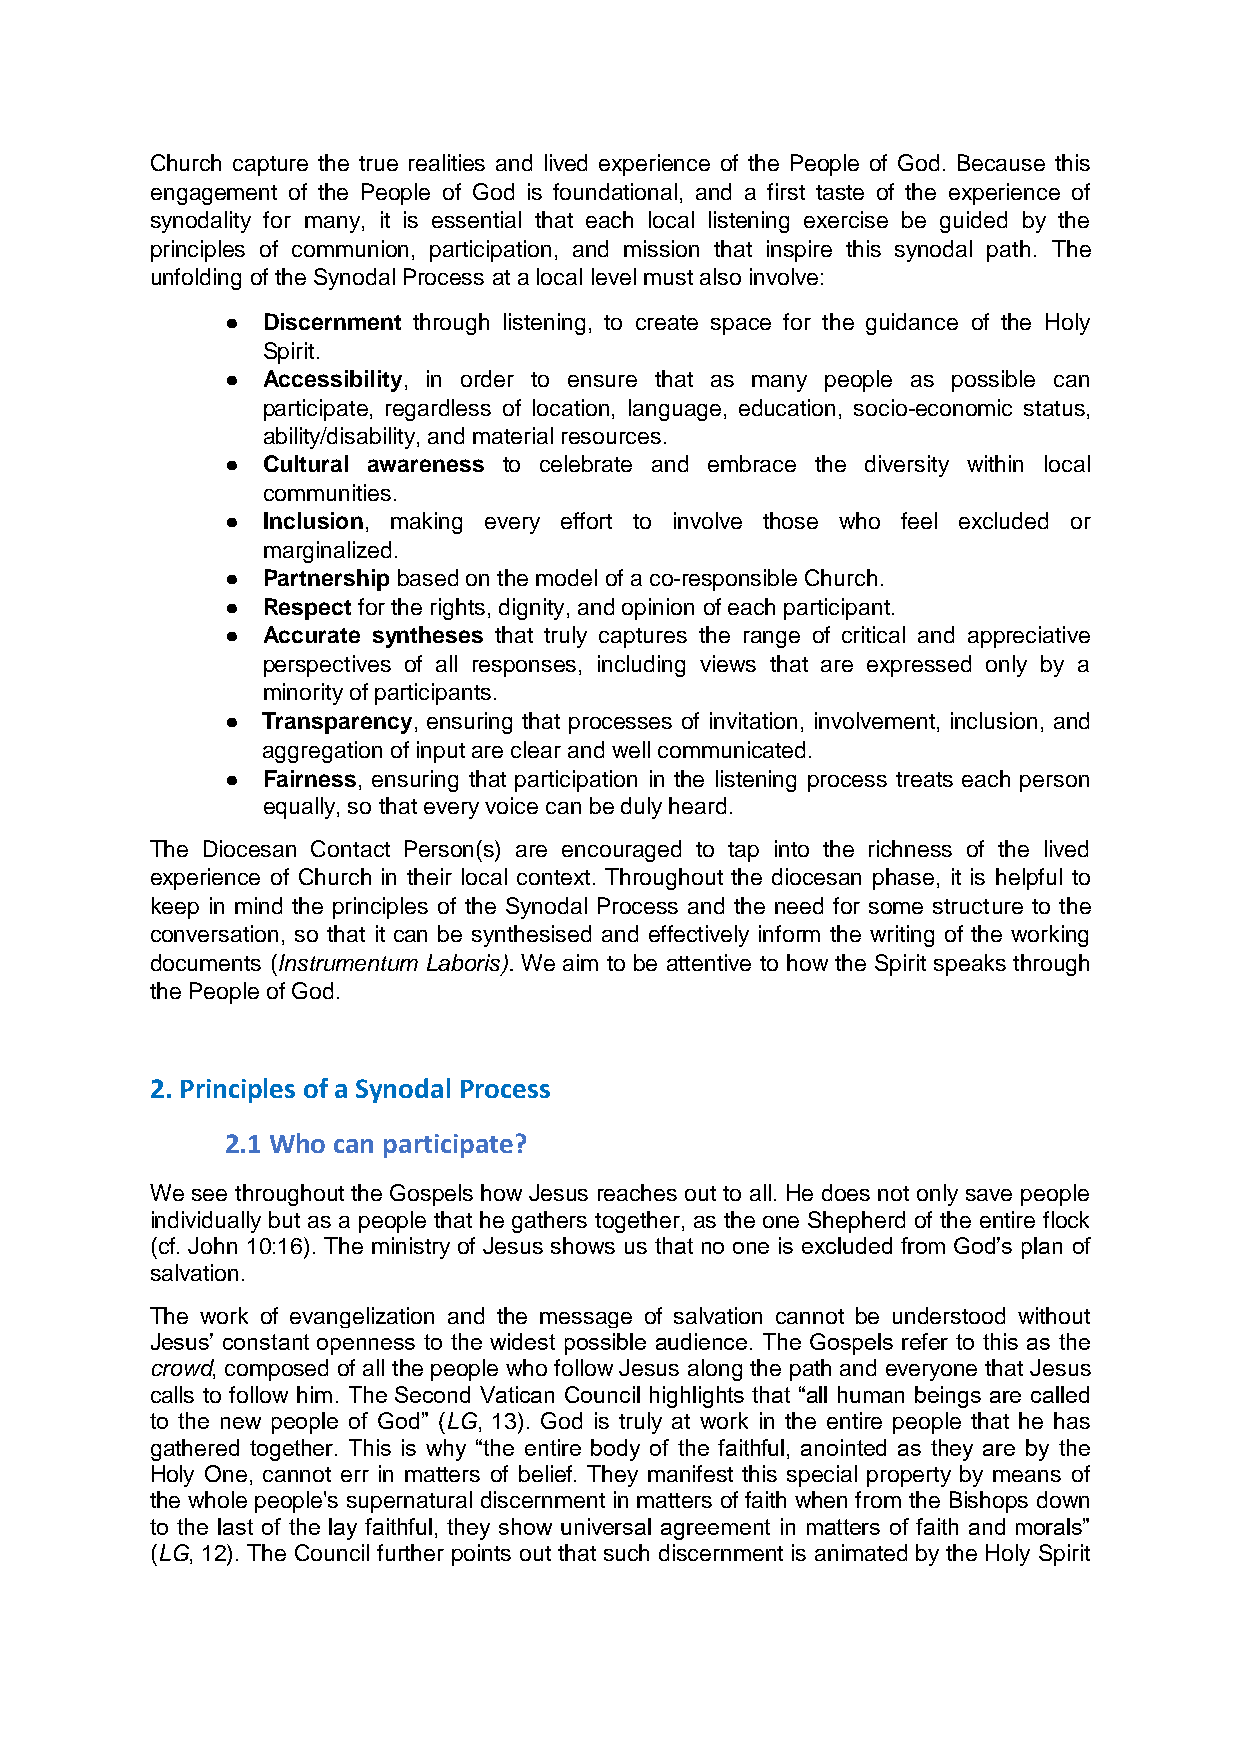
Church capture the true realities and lived experience of the People of God. Because this
 engagement of the People of God is foundational, and a first taste of the experience of
 synodality for many, it is essential that each local listening exercise be guided by the
 principles of communion, participation, and mission that inspire this synodal path. The
 unfolding of the Synodal Process at a local level must also involve:
 ● Discernment through listening, to create space for the guidance of the Holy
 Spirit.
 ● Accessibility, in order to ensure that as many people as possible can
 participate, regardless of location, language, education, socio-economic status,
 ability/disability, and material resources.
 ● Cultural awareness to celebrate and embrace the diversity within local
 communities.
 ● Inclusion, making every effort to involve those who feel excluded or
 marginalized.
 ● Partnership based on the model of a co-responsible Church.
 ● Respect for the rights, dignity, and opinion of each participant.
 ● Accurate syntheses that truly captures the range of critical and appreciative
 perspectives of all responses, including views that are expressed only by a
 minority of participants.
 ● Transparency, ensuring that processes of invitation, involvement, inclusion, and
 aggregation of input are clear and well communicated.
 ● Fairness, ensuring that participation in the listening process treats each person
 equally, so that every voice can be duly heard.
 The Diocesan Contact Person(s) are encouraged to tap into the richness of the lived
 experience of Church in their local context. Throughout the diocesan phase, it is helpful to
 keep in mind the principles of the Synodal Process and the need for some structure to the
 conversation, so that it can be synthesised and effectively inform the writing of the working
 documents (Instrumentum Laboris). We aim to be attentive to how the Spirit speaks through
 the People of God.
 2. Principles of a Synodal Process
 2.1 Who can participate?
 We see throughout the Gospels how Jesus reaches out to all. He does not only save people
 individually but as a people that he gathers together, as the one Shepherd of the entire flock
 (cf. John 10:16). The ministry of Jesus shows us that no one is excluded from God’s plan of
 salvation.
 The work of evangelization and the message of salvation cannot be understood without
 Jesus’ constant openness to the widest possible audience. The Gospels refer to this as the
 crowd, composed of all the people who follow Jesus along the path and everyone that Jesus
 calls to follow him. The Second Vatican Council highlights that “all human beings are called
 to the new people of God” (LG, 13). God is truly at work in the entire people that he has
 gathered together. This is why “the entire body of the faithful, anointed as they are by the
 Holy One, cannot err in matters of belief. They manifest this special property by means of
 the whole people's supernatural discernment in matters of faith when from the Bishops down
 to the last of the lay faithful, they show universal agreement in matters of faith and morals”
 (LG, 12). The Council further points out that such discernment is animated by the Holy Spirit